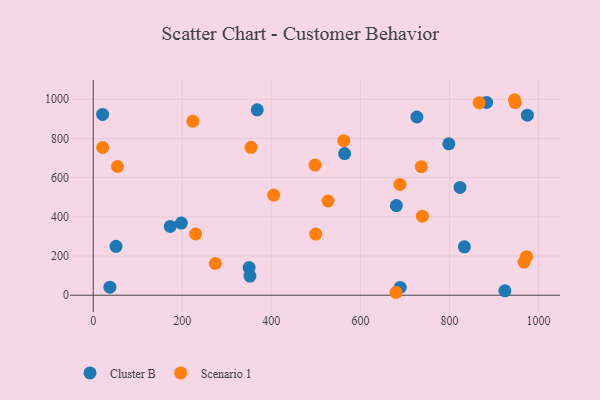
{"axis": {"x": "Study Hours", "y": "Profit"}, "legend": ["Cluster B", "Scenario 1"], "data": [{"x": "351.9", "y": 97.7, "type": "Cluster B"}, {"x": "975.0", "y": 918.6, "type": "Cluster B"}, {"x": "833.5", "y": 246.7, "type": "Cluster B"}, {"x": "726.9", "y": 909.5, "type": "Cluster B"}, {"x": "924.5", "y": 22.2, "type": "Cluster B"}, {"x": "368.3", "y": 946.3, "type": "Cluster B"}, {"x": "689.4", "y": 40.0, "type": "Cluster B"}, {"x": "21.1", "y": 922.4, "type": "Cluster B"}, {"x": "173.0", "y": 351.1, "type": "Cluster B"}, {"x": "680.8", "y": 457.5, "type": "Cluster B"}, {"x": "197.9", "y": 368.3, "type": "Cluster B"}, {"x": "883.4", "y": 983.6, "type": "Cluster B"}, {"x": "798.6", "y": 772.6, "type": "Cluster B"}, {"x": "350.1", "y": 141.1, "type": "Cluster B"}, {"x": "564.6", "y": 722.6, "type": "Cluster B"}, {"x": "51.2", "y": 249.6, "type": "Cluster B"}, {"x": "823.7", "y": 549.9, "type": "Cluster B"}, {"x": "37.4", "y": 41.1, "type": "Cluster B"}, {"x": "54.5", "y": 656.8, "type": "Scenario 1"}, {"x": "499.7", "y": 312.0, "type": "Scenario 1"}, {"x": "229.9", "y": 312.3, "type": "Scenario 1"}, {"x": "866.7", "y": 982.1, "type": "Scenario 1"}, {"x": "562.7", "y": 788.8, "type": "Scenario 1"}, {"x": "354.3", "y": 754.7, "type": "Scenario 1"}, {"x": "405.3", "y": 511.2, "type": "Scenario 1"}, {"x": "680.1", "y": 15.0, "type": "Scenario 1"}, {"x": "498.2", "y": 663.9, "type": "Scenario 1"}, {"x": "527.4", "y": 480.8, "type": "Scenario 1"}, {"x": "967.5", "y": 169.3, "type": "Scenario 1"}, {"x": "688.9", "y": 565.5, "type": "Scenario 1"}, {"x": "739.2", "y": 403.4, "type": "Scenario 1"}, {"x": "946.2", "y": 997.6, "type": "Scenario 1"}, {"x": "947.6", "y": 983.0, "type": "Scenario 1"}, {"x": "223.7", "y": 887.9, "type": "Scenario 1"}, {"x": "21.1", "y": 753.8, "type": "Scenario 1"}, {"x": "973.0", "y": 196.6, "type": "Scenario 1"}, {"x": "736.8", "y": 655.8, "type": "Scenario 1"}, {"x": "274.1", "y": 161.8, "type": "Scenario 1"}]}